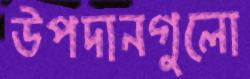
উপদানগুলো